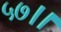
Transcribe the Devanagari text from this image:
५७।।